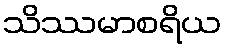
သိဿမာစရိယ